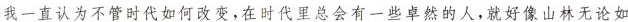
我一直认为不管时代如何改变，在时代里总会有一些卓然的人。就好像山林无论如